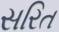
સરિત